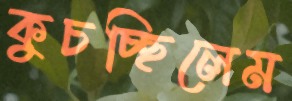
কুচচ্ছিলেম